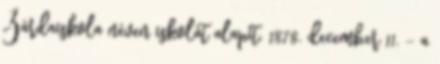
Zárdaiskola néven iskolát alapít. 1878. december 11. – a